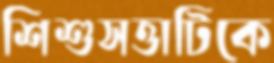
শিশুসত্তাটিকে